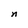
Character: n